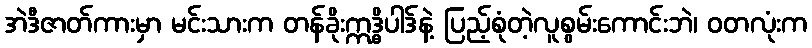
အဲဒီဇာတ်ကားမှာ မင်းသားက တန်ခိုးဣဒ္ဓိပါဒ်နဲ့ ပြည့်စုံတဲ့လူစွမ်းကောင်းဘဲ၊ ဝတလုံးက